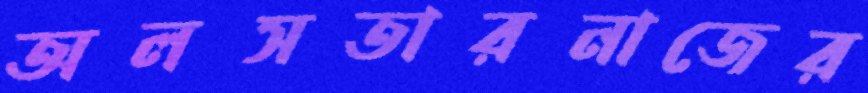
অলসতারনাজের